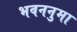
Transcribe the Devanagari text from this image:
भवननुमा